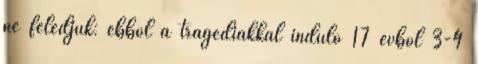
ne feledjük: ebből a tragédiákkal induló 17 évből 3-4